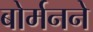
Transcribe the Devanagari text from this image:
बोर्मनने